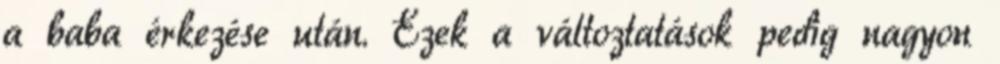
a baba érkezése után. Ezek a változtatások pedig nagyon